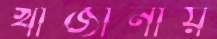
খাজানায়